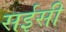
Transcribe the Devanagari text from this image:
सईसी